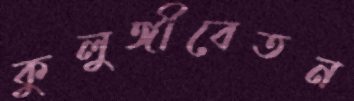
কুলুঙ্গীবেতন